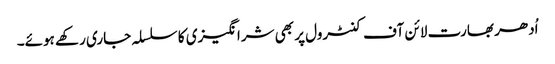
اُدھر بھارت لائن آف کنٹرول پر بھی شرانگیزی کا سلسلہ جاری رکھے ہوئے۔